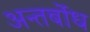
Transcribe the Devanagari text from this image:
अन्तर्बोध